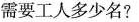
需要工人多少名?